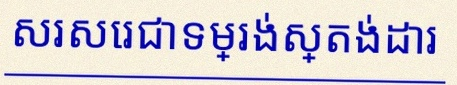
សរសេរជាទម្រង់ស្តង់ដារ